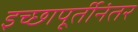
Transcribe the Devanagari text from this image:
इच्छापूर्तीनंतर